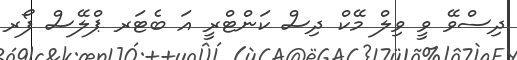
ދިސްވޭ ވީ ވިލް މޭކް ދިސް ކަންޓްރީ އަ ބެޓަރ ޕްލޭސް ފޯރ